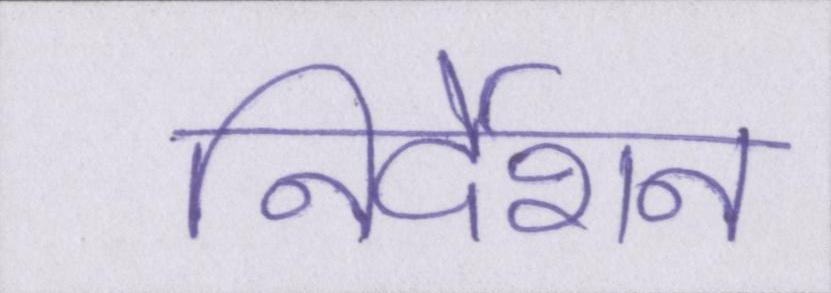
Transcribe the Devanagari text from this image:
निर्देशन